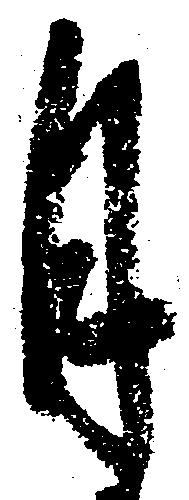
月